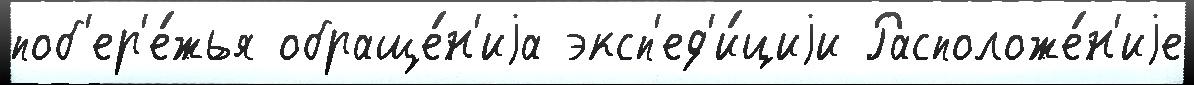
поб'ер'е́жья обраще́н'иjа эксп'ед'и́циjи Расположе́н'иjе